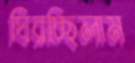
ঘিরচ্ছিলাম